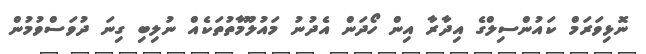
ނޮޅިވަރަމް ކައުންސިލްގެ އިދާރާ އިން ހޯދަން އެދުނު މައުލޫމާތުތަކެއް ނުލިބި ގިނަ ދުވަސްވުމުން